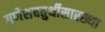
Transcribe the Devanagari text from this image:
गणेशचतुर्थीसारख्या